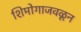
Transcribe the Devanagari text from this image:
शिमोगाजवळून